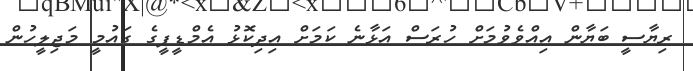
ރިޔާސީ ބަޔާން އިއްވެވުމަށް ހުރަސް އަޅާނެ ކަމަށް އިދިކޮޅު އެމްޑީޕީގެ ގައުމީ މަޖިލީހުން